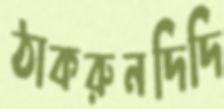
ঠাকরুনদিদি